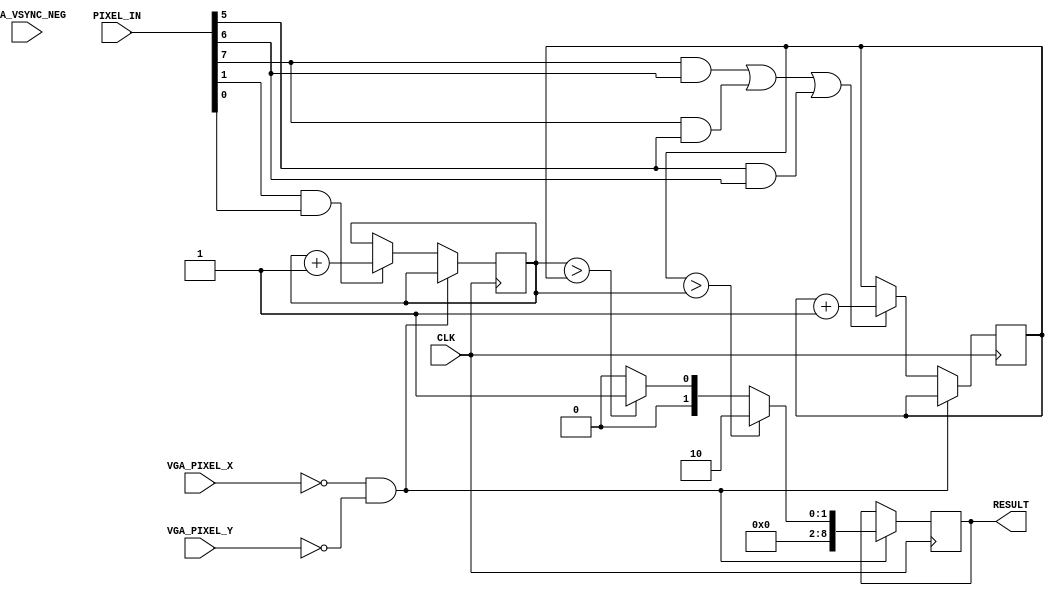
`define SCREEN_WIDTH 176
`define SCREEN_HEIGHT 144
`define NUM_BARS 3
`define BAR_HEIGHT 48

module IMAGE_PROCESSOR (
	PIXEL_IN,
	CLK,
	VGA_PIXEL_X,
	VGA_PIXEL_Y,
	VGA_VSYNC_NEG,
	RESULT
);


//=======================================================
//  PORT declarations
//=======================================================
input	[7:0]	PIXEL_IN; // R3 G3 B2
input 		CLK;

input [9:0] VGA_PIXEL_X;
input [9:0] VGA_PIXEL_Y;
input			VGA_VSYNC_NEG;

output [8:0] RESULT;

//=======================================================
// Registers
//=======================================================
reg red  = 1'd0;
reg blue = 1'd0;

reg [8:0] res;
assign RESULT = res;

always @ ( posedge CLK ) begin
	// If we've reached the end of a frame, compare red and blue, and output accordingly.
	// For now, say red = RESULT[1] high, and blue = RESULT[0] high
	if ( VGA_PIXEL_X == 0 && VGA_PIXEL_Y == 0 ) begin
		// compare red and blue
		if ( red > blue ) begin
			res[8:0] = 9'b10;
		end
		
		else if ( blue > red ) begin
			res[8:0] = 9'b01;
		end
		
		else begin
			res[8:0] = 9'b0;	// neither maj red nor maj blue
		end
	end
	
	// Otherwise, increment red and blue
	else begin
		// if at least 2 of 3 red bits are high, red += 1
		if ( (PIXEL_IN[7] && PIXEL_IN[6]) || (PIXEL_IN[7] && PIXEL_IN[5]) || (PIXEL_IN[5] && PIXEL_IN[6]) ) begin
			red = red + 1;
		end
		
		// if both blue bits are high, blue += 1
		if ( (PIXEL_IN[1] && PIXEL_IN[0]) ) begin
			blue = blue + 1;
		end
	end

end



endmodule